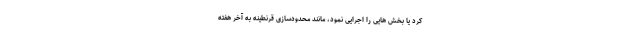
کرد یا بخش هایی را اجرایی نمود، مانند محدودسازی قرنطینه به آخر هفته